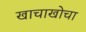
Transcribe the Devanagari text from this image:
खाचाखोचा